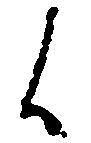
候